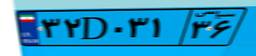
۷۸D۶۸۴۶۱